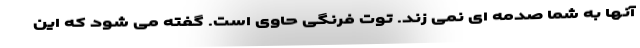
آنها به شما صدمه ای نمی زند. توت فرنگی حاوی است. گفته می شود که این